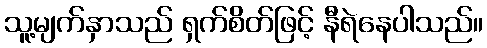
သူ့မျက်နှာသည် ရှက်စိတ်ဖြင့် နီရဲနေပါသည်။